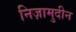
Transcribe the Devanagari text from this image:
निज़ामुदीन